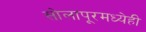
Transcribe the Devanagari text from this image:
सोलापूरमध्येही